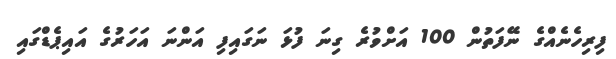
ފިރިހެނެއްގެ ނޭފަތުން 100 އަށްވުރެ ގިނަ ފުޅަ ނަގައިފި އަންނަ އަހަރުގެ އައިޕެޑްގައި